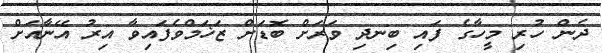
ދެން ހުރި މީހާގެ ފައި ބިނދި ވަރަށް ބޮޑަށް ޒަޚަމްވެފައިވާ އިރު އޭނާއަށް